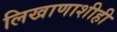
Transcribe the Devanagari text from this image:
लिखाणाशीही